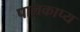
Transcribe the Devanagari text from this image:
पालकाप्य